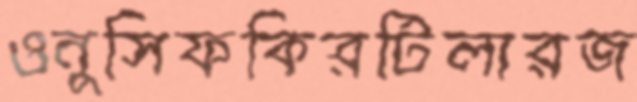
ওনুসিফকিরটিলারজ